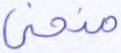
منحنى